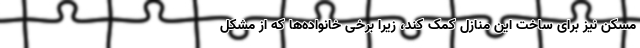
مسکن نیز برای ساخت این منازل کمک کند، زیرا برخی خانواده‌ها که از مشکل